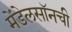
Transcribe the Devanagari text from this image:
मेंडेलसॉनची